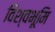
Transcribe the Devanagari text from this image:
विश्वभूमि